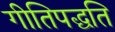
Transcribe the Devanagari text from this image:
गीतिपद्धति